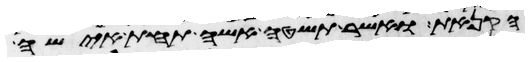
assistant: הקנאת אשר תשטה אשה תחת אישה